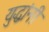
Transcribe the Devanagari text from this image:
युद्धांनी